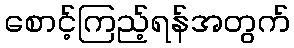
စောင့်ကြည့်ရန်အတွက်